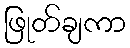
ဖြုတ်ချကာ